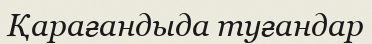
Қарағандыда туғандар